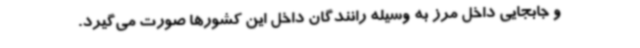
و جابجایی داخل مرز به وسیله رانندگان داخل این کشورها صورت می‌گیرد.